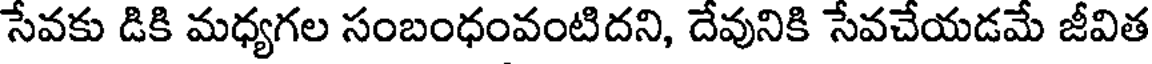
సేవకు డికి మధ్యగల సంబంధంవంటిదని, దేవునికి సేవచేయడమే జీవిత